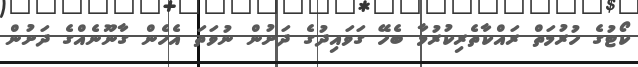
ކޯޓުގެ ހުރުމަތް ރައްކާތެރިކުރުމާ ބެހޭ ގަވައިދުގެ ދަށުން ނުވަތަ އެހެން ގާނޫނެއްގެ ދަށުން